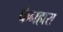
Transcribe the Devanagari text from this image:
फेनहारा